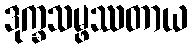
ဒုက္ခသမ္ဖဿတာယ